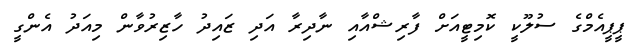
ޕީޕީއެމްގެ ސުލޫކީ ކޮމިޓީއަށް ފާރިޝްއާއި ނާދިރާ އަދި ޒައިދު ހާޒިރުވާން މިއަދު އެންގީ